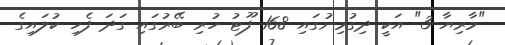
"މާރިޔާ-3" އަކީ ދިގުމިނުގައި 168 ފޫޓު ހުރި ބޭރުގައި ގަދަ ފެހި ކުލައިގެ